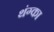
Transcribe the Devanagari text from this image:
थंग्का